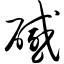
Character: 碱